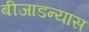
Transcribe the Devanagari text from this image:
बीजाडन्यास